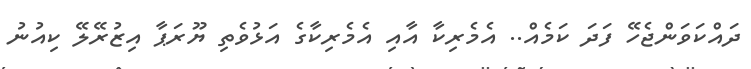
ދައްކަވަންޖެހޭ ފަދަ ކަމެއް.. އެމެރިކާ އާއި އެމެރިކާގެ އަޅުވެތި ޔޫރަޕާ އިޒުރޭލޭ ކިއުނު